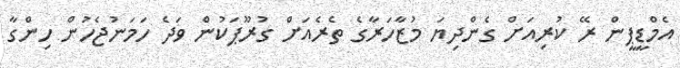
އެމްޑީޕީން ރޭ ކުރިއަށް ގެންދިޔަ މުޒާހަރާގެ ތެރެއަށް ގުރޫޕަކުން ވަދެ ހަމަނުޖެހުން ހިންގާ